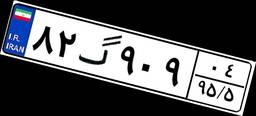
۷۵گ۳۲۰۸۹